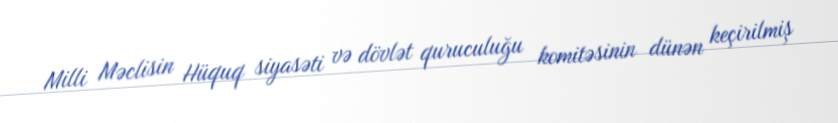
Milli Məclisin Hüquq siyasəti və dövlət quruculuğu komitəsinin dünən keçirilmiş